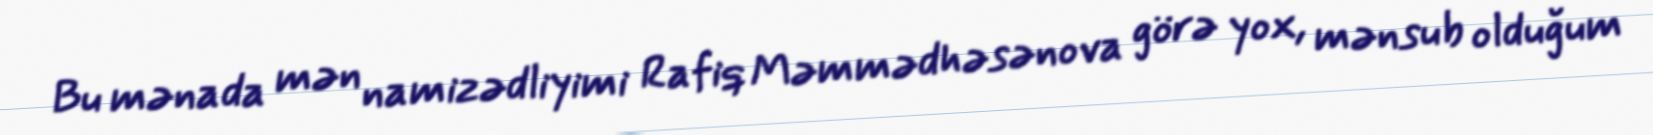
Bu mənada mən namizədliyimi Rafiq Məmmədhəsənova görə yox, mənsub olduğum